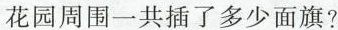
花园周围一共插了多少面旗?